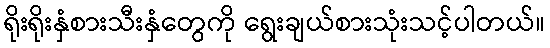
ရိုးရိုးနှံစားသီးနှံတွေကို ရွေးချယ်စားသုံးသင့်ပါတယ်။